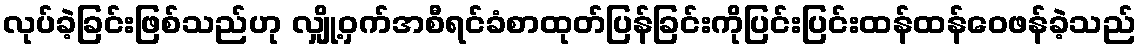
လုပ်ခဲ့ခြင်းဖြစ်သည်ဟု လျှို့ဝှက်အစီရင်ခံစာထုတ်ပြန်ခြင်းကိုပြင်းပြင်းထန်ထန်ဝေဖန်ခဲ့သည်